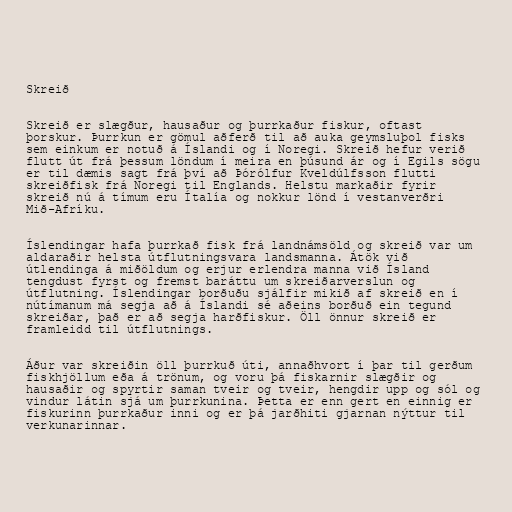
Skreið

Skreið er slægður, hausaður og þurrkaður fiskur, oftast
þorskur. Þurrkun er gömul aðferð til að auka geymsluþol fisks
sem einkum er notuð á Íslandi og í Noregi. Skreið hefur verið
flutt út frá þessum löndum í meira en þúsund ár og í Egils sögu
er til dæmis sagt frá því að Þórólfur Kveldúlfsson flutti
skreiðfisk frá Noregi til Englands. Helstu markaðir fyrir
skreið nú á tímum eru Ítalía og nokkur lönd í vestanverðri
Mið-Afríku.

Íslendingar hafa þurrkað fisk frá landnámsöld og skreið var um
aldaraðir helsta útflutningsvara landsmanna. Átök við
útlendinga á miðöldum og erjur erlendra manna við Ísland
tengdust fyrst og fremst baráttu um skreiðarverslun og
útflutning. Íslendingar borðuðu sjálfir mikið af skreið en í
nútímanum má segja að á Íslandi sé aðeins borðuð ein tegund
skreiðar, það er að segja harðfiskur. Öll önnur skreið er
framleidd til útflutnings.

Áður var skreiðin öll þurrkuð úti, annaðhvort í þar til gerðum
fiskhjöllum eða á trönum, og voru þá fiskarnir slægðir og
hausaðir og spyrtir saman tveir og tveir, hengdir upp og sól og
vindur látin sjá um þurrkunina. Þetta er enn gert en einnig er
fiskurinn þurrkaður inni og er þá jarðhiti gjarnan nýttur til
verkunarinnar.